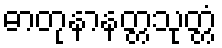
ဓာတုနာနတ္တသုတ္တံ